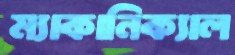
ম্যাকানিক্যাল